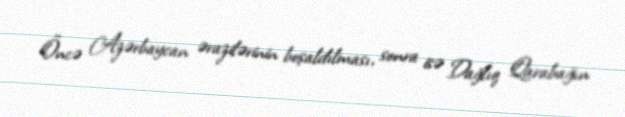
Öncə Azərbaycan ərazilərinin boşaldılması, sonra isə Dağlıq Qarabağın